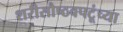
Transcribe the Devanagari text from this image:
शरीसौष्ठवपटूंच्या